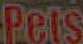
Pets